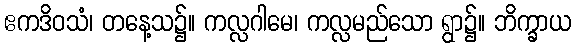
ဧကဒိဝသံ၊ တနေ့သ၌။ ကလ္လဂါမေ၊ ကလ္လမည်သော ရွာ၌။ ဘိက္ခာယ